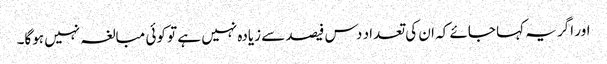
اور اگر یہ کہا جائے کہ ان کی تعداد دس فیصد سے زیادہ نہیں ہے تو کوئی مبالغہ نہیں ہوگا۔